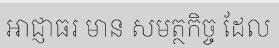
អាជ្ញាធរ មាន សមត្ថកិច្ច ដែល